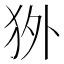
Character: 𰡇